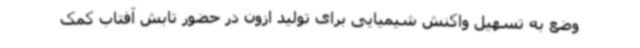
وضع به تسهیل واکنش شیمیایی برای تولید ازون در حضور تابش آفتاب کمک